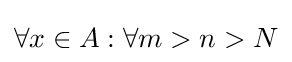
\forall x\in A:\forall m>n>N